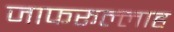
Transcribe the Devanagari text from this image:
जाफरूल्लाह